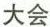
大会